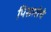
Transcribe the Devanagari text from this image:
पिसारोचे